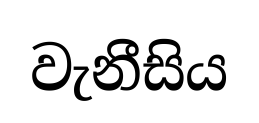
වැනීසිය